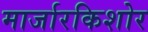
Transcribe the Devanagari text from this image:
मार्जारकिशोर